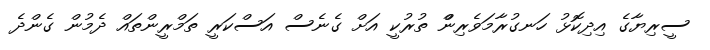
ސީރިޔާގެ އިދިކޮޅު ހަނގުރާމަވެރިންް ތުރުކީ އަށް ގެނެސް އަސްކަރީ ތަމްރީންތައް ދެމުން ގެންދެ